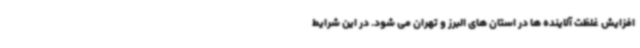
افزایش غلظت آلاینده ها در استان های البرز و تهران می شود. در این شرایط